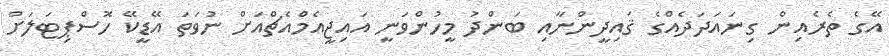
އޭގެ ތެރެއިން ގިނައަދަދެއްގެ ޤައިދީންނާއި ބަންދު މީހުންވަނީ އައިޖީއެމްއެޗްއަށް ނުވަތަ އޭޑީކޭ ހޮސްޕިޓަލަށް